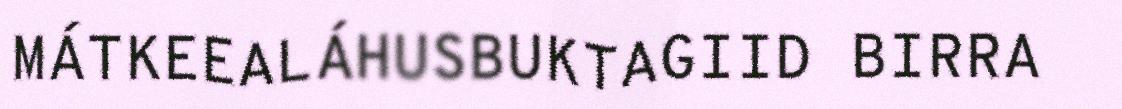
MÁTKEEALÁHUSBUKTAGIID BIRRA